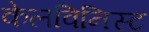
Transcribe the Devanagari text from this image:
केलविनिस्ट